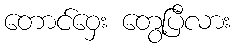
တောင်ဝှေး တွေ့ပြီလား